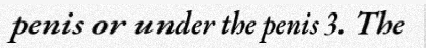
penis or under the penis 3. The